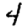
Digit: 4